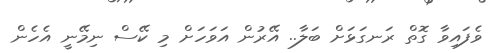
ވެފައިވާ ގޮތް ރަނގަޅަށް ބަލާ.. އޭރުން އަވަހަށް މި ކޭސް ނިމޭނީ އެހެން